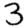
Digit: 3